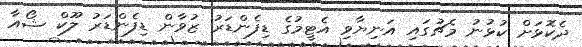
ދެކޮޅަށް ކުޅުނު މެޗުގައި އަނިޔާވި އެޓީމުގެ ޑިފެންޑަރު ޒުވާން ޑިފެންޑަރު ލޫކް ޝޯއާ